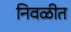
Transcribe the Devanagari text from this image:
निवळीत